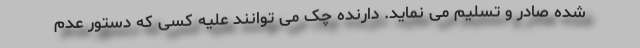
شده صادر و تسلیم می نماید. دارنده چک می توانند علیه کسی که دستور عدم